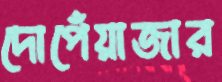
দোপেঁয়াজার